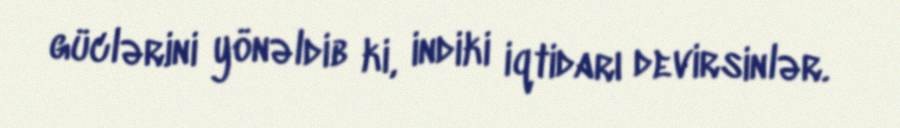
güclərini yönəldib ki, indiki iqtidarı devirsinlər.